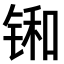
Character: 𫓼